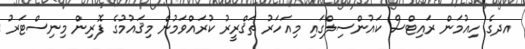
އދގެ ހިއުމަން ރައިޓްސް ކައުންސިލްގައި މިއަހަރު ތަޤްރީރު ކުރައްވަމުން މިޤައުމުގެ ފޮރިން މިނިސްޓަރު